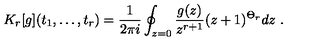
K _ { r } [ g ] ( t _ { 1 } , \ldots , t _ { r } ) = { \frac { 1 } { 2 \pi i } } \oint _ { z = 0 } { \frac { g ( z ) } { z ^ { r + 1 } } } ( z + 1 ) ^ { \Theta _ { r } } d z \ .